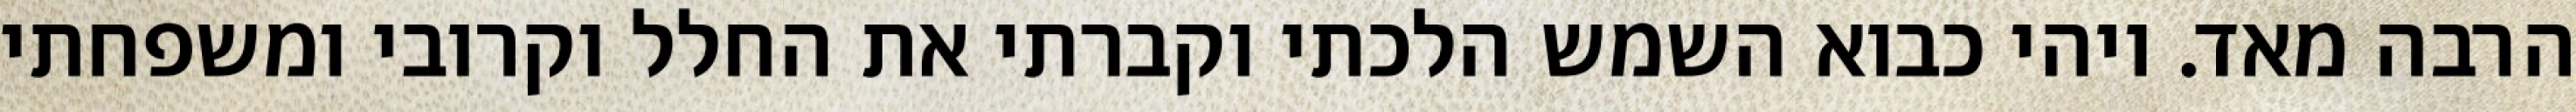
הרבה מאד. ויהי כבוא השמש הלכתי וקברתי את החלל וקרובי ומשפחתי